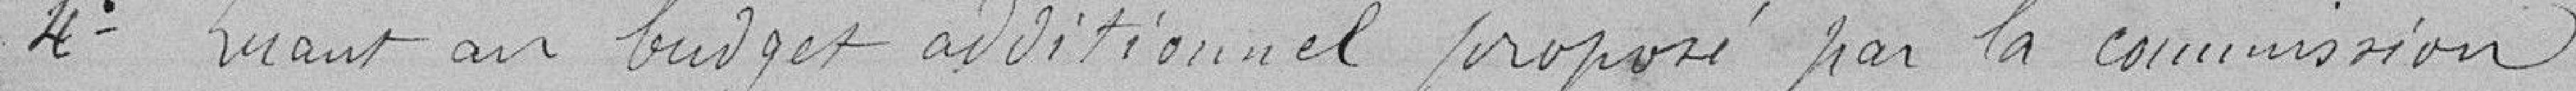
4e Quand au budget additionnel proposé par la commission